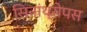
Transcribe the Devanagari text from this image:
सिनांथ्रोपस